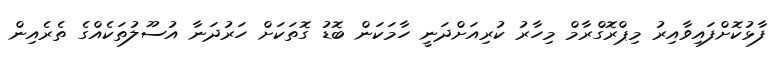
ފާޅުކޮށްފައިވާއިރު މިޕްރޮގްރާމް މިހާރު ކުރިއަށްދަނީ ހާމަކަން ބޮޑު ގޮތަކަށް ހަރުދަނާ އުސޫލުތަކެއްގެ ތެރެއިން